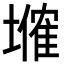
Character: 𡑗